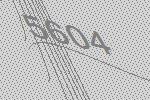
5604